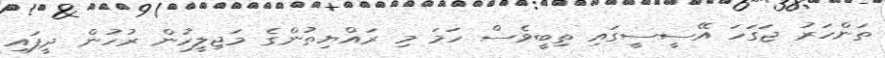
ތަންހަރު ޖަގަހަ އޭސީސީގައި ތިބީވެސް ހަމަ މި ރައްޔިތުންގެ މަޖިލީހުން ރުހުން ދީފައި